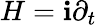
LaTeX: H=\mathbf{i}\partial_{t}